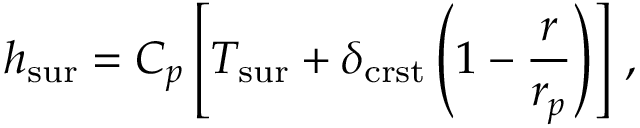
h _ { \mathrm { s u r } } = C { _ { p } } \left[ T _ { \mathrm { s u r } } + \delta _ { \mathrm { c r s t } } \left( 1 - \frac { r } { r _ { p } } \right) \right] \, ,